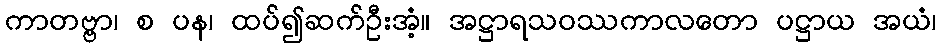
ကာတဗ္ဗာ၊ စ ပန၊ ထပ်၍ဆက်ဦးအံ့။ အဋ္ဌာရသဝဿကာလတော ပဋ္ဌာယ အယံ၊